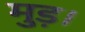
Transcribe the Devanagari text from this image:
मुड़।